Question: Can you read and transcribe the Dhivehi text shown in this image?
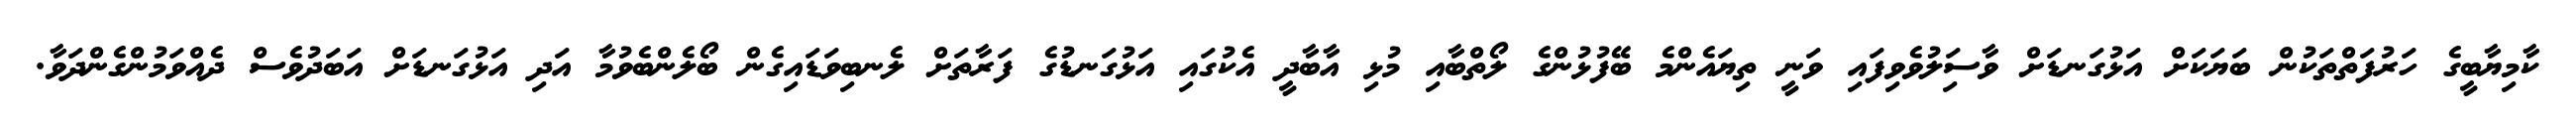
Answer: ކާމިޔާބީގެ ހަރުފަތްތަކުން ބަޔަކަށް އަޅުގަނޑަށް ވާސަިލުވެވިފައި ވަނީ ތިޔައެންމެ ބޭފުޅުންގެ ލޯތްބާއި މުޅި އާބާދީ އެކުގައި އަޅުގަނޑުގެ ފަރާތަށް ލެނބިވަޑައިގެން ބޯލެންބެވުމާ އަދި އަޅުގަނޑަށް އަބަދުވެސް ދެއްވަމުންގެންދަވާ.